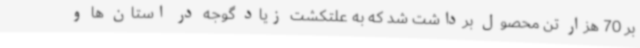
بر 70 هزار تن محصول برداشت شد که به علتکشت زیاد گوجه در استان ها و